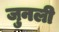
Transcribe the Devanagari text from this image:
जुनली